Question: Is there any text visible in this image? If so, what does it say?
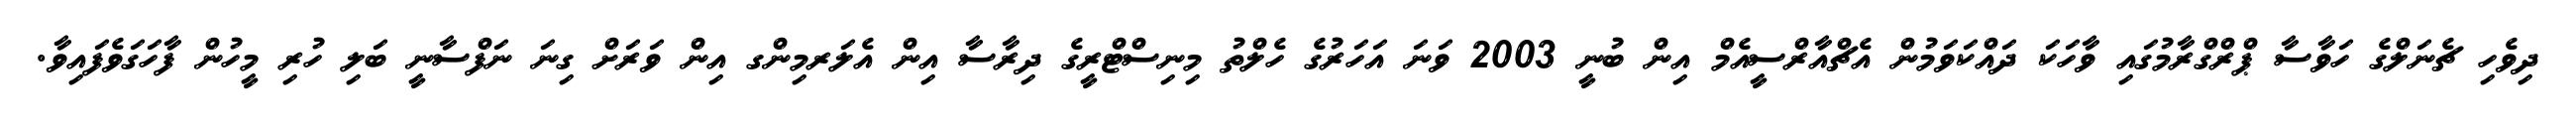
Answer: ދިވެހި ޗެނަލްގެ ހަވާސާ ޕްރްގްރާމުގައި ވާހަކަ ދައްކަވަމުން އެޗްއާރްސީއެމް އިން ބުނީ 2003 ވަނަ އަހަރުގެ ހެލްތު މިނިސްޓްރީގެ ދިރާސާ އިން އެލަރމިންގ އިން ވަރަށް ގިނަ ނަފްސާނީ ބަލި ހުރި މީހުން ފާހަގަވެފައިވާ.